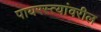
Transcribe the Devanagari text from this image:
पायरस्त्यांवरील